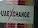
uae